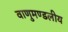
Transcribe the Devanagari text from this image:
वाणुमण्डलीय